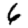
Digit: 6